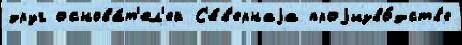
друг основа́т'ел'ей С'е́в'ернаjа проjизво́дств'е